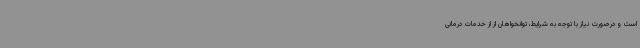
است و درصورت نیاز با توجه به شرایط، توانخواهان از از خدمات درمانی